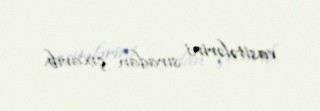
vasitələrini sıradan çıxarıb.